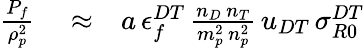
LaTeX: \begin{array}{rlr}{\frac{P_{f}}{\rho_{p}^{2}}}&{{}\approx}&{a\, \epsilon_{f}^{DT}\, \frac{n_{D}\, n_{T}}{m_{p}^{2}\, n_{p}^{2}}\, u_{DT}\, \sigma_{R0}^{DT}}\end{array}